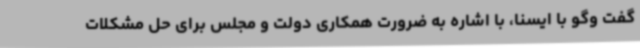
گفت وگو با ایسنا، با اشاره به ضرورت همکاری دولت و مجلس برای حل مشکلات